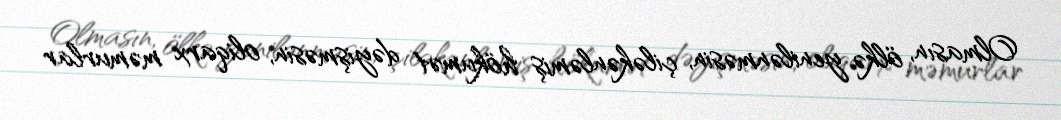
Olmasın, ölkə yenilənməsin, çiləkənləmiş hökumət dəyişməsin, oliqarx məmurlar